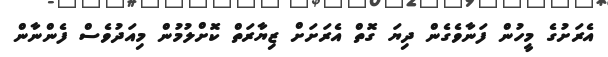
އެރަށުގެ މީހުން ފަނާވެގެން ދިޔަ ގޮތް އެރަށަށް ޒިޔާރަތް ކޮށްލުމުން މިއަދުވެސް ފެންނާން